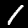
Label: 1